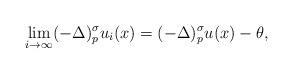
LaTeX: \begin{align*}\lim_{i\rightarrow\infty}(-\Delta)^{\sigma}_{p}u_{i}(x)=(-\Delta)^{\sigma}_{p}u(x)-\theta,\end{align*}